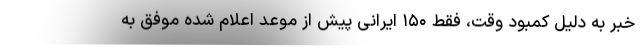
خبر به دلیل کمبود وقت، فقط ۱۵۰ ایرانی پیش از موعد اعلام شده موفق به